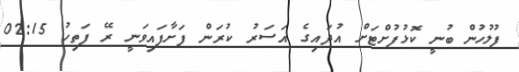
ފުލުހުން ބުނީ ކޮޅުފުށްޓަށް އުދައިގެ އަސަރު ކުރަން ފަށާފައިވަނީ ރޭ ފަތިހު 02:15